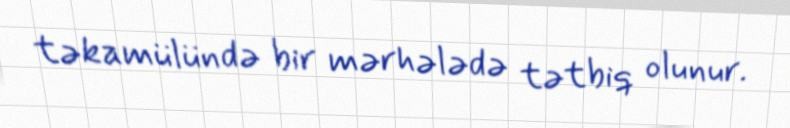
təkamülündə bir mərhələdə tətbiq olunur.